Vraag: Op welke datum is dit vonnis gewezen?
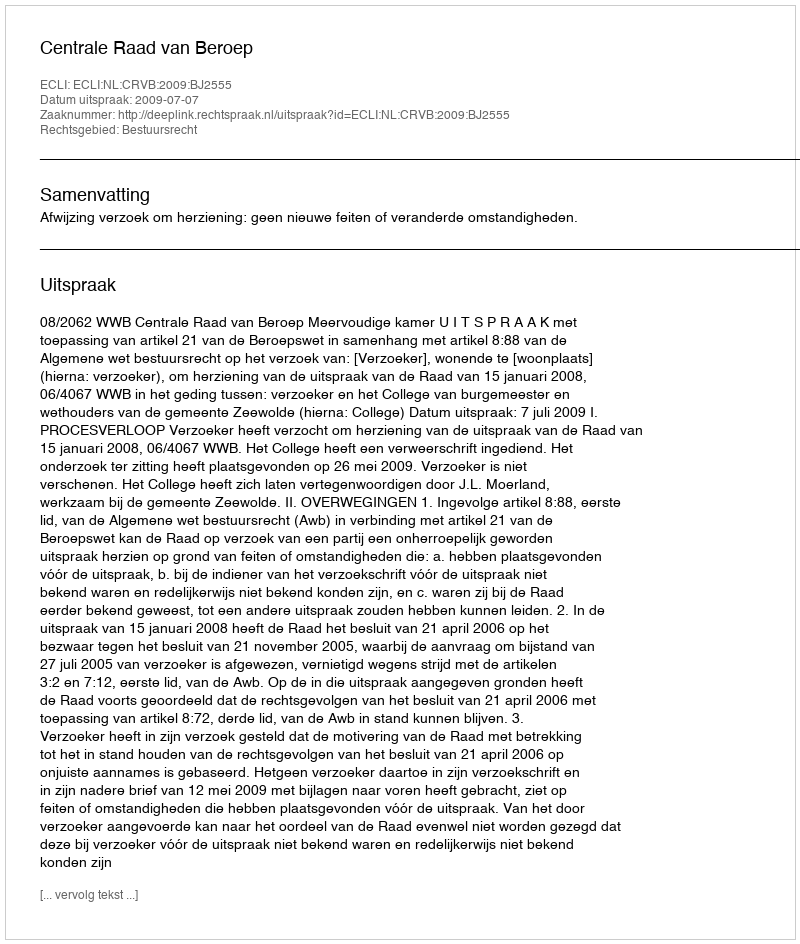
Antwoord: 2009-07-07